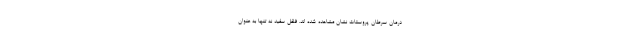
درمان سرطان پروستات نشان مشاهده شده اند. فلفل سفید نه تنها به عنوان